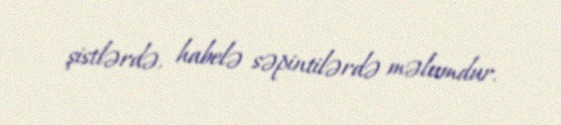
şistlərdə, habelə səpintilərdə məlumdur.